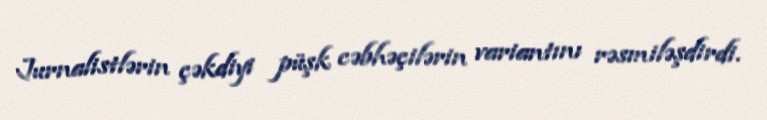
Jurnalistlərin çəkdiyi püşk cəbhəçilərin variantını rəsmiləşdirdi.